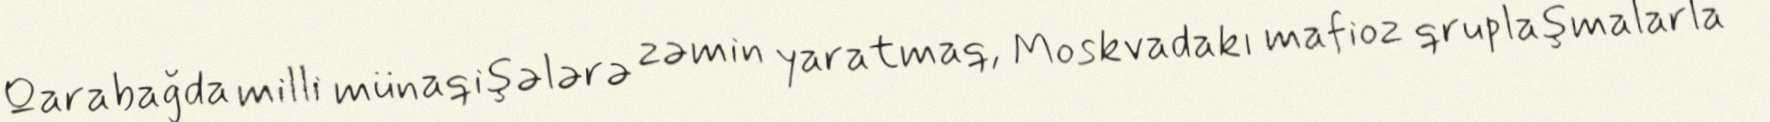
Qarabağda milli münaqişələrə zəmin yaratmaq, Moskvadakı mafioz qruplaşmalarla